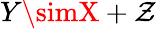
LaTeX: Y\simX+\mathcal{Z}